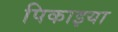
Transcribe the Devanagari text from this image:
पिकाइया